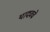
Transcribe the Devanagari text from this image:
यादवचे